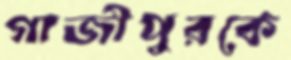
গাজীপুরকে